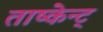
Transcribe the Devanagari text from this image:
ताष्केन्ट्